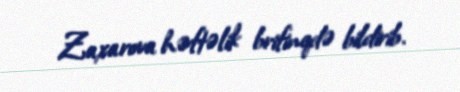
Zaxarova həftəlik brifinqdə bildirib.